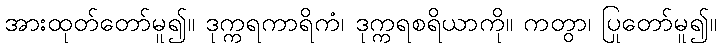
အားထုတ်တော်မူ၍။ ဒုက္ကရကာရိကံ၊ ဒုက္ကရစရိယာကို။ ကတွာ၊ ပြုတော်မူ၍။